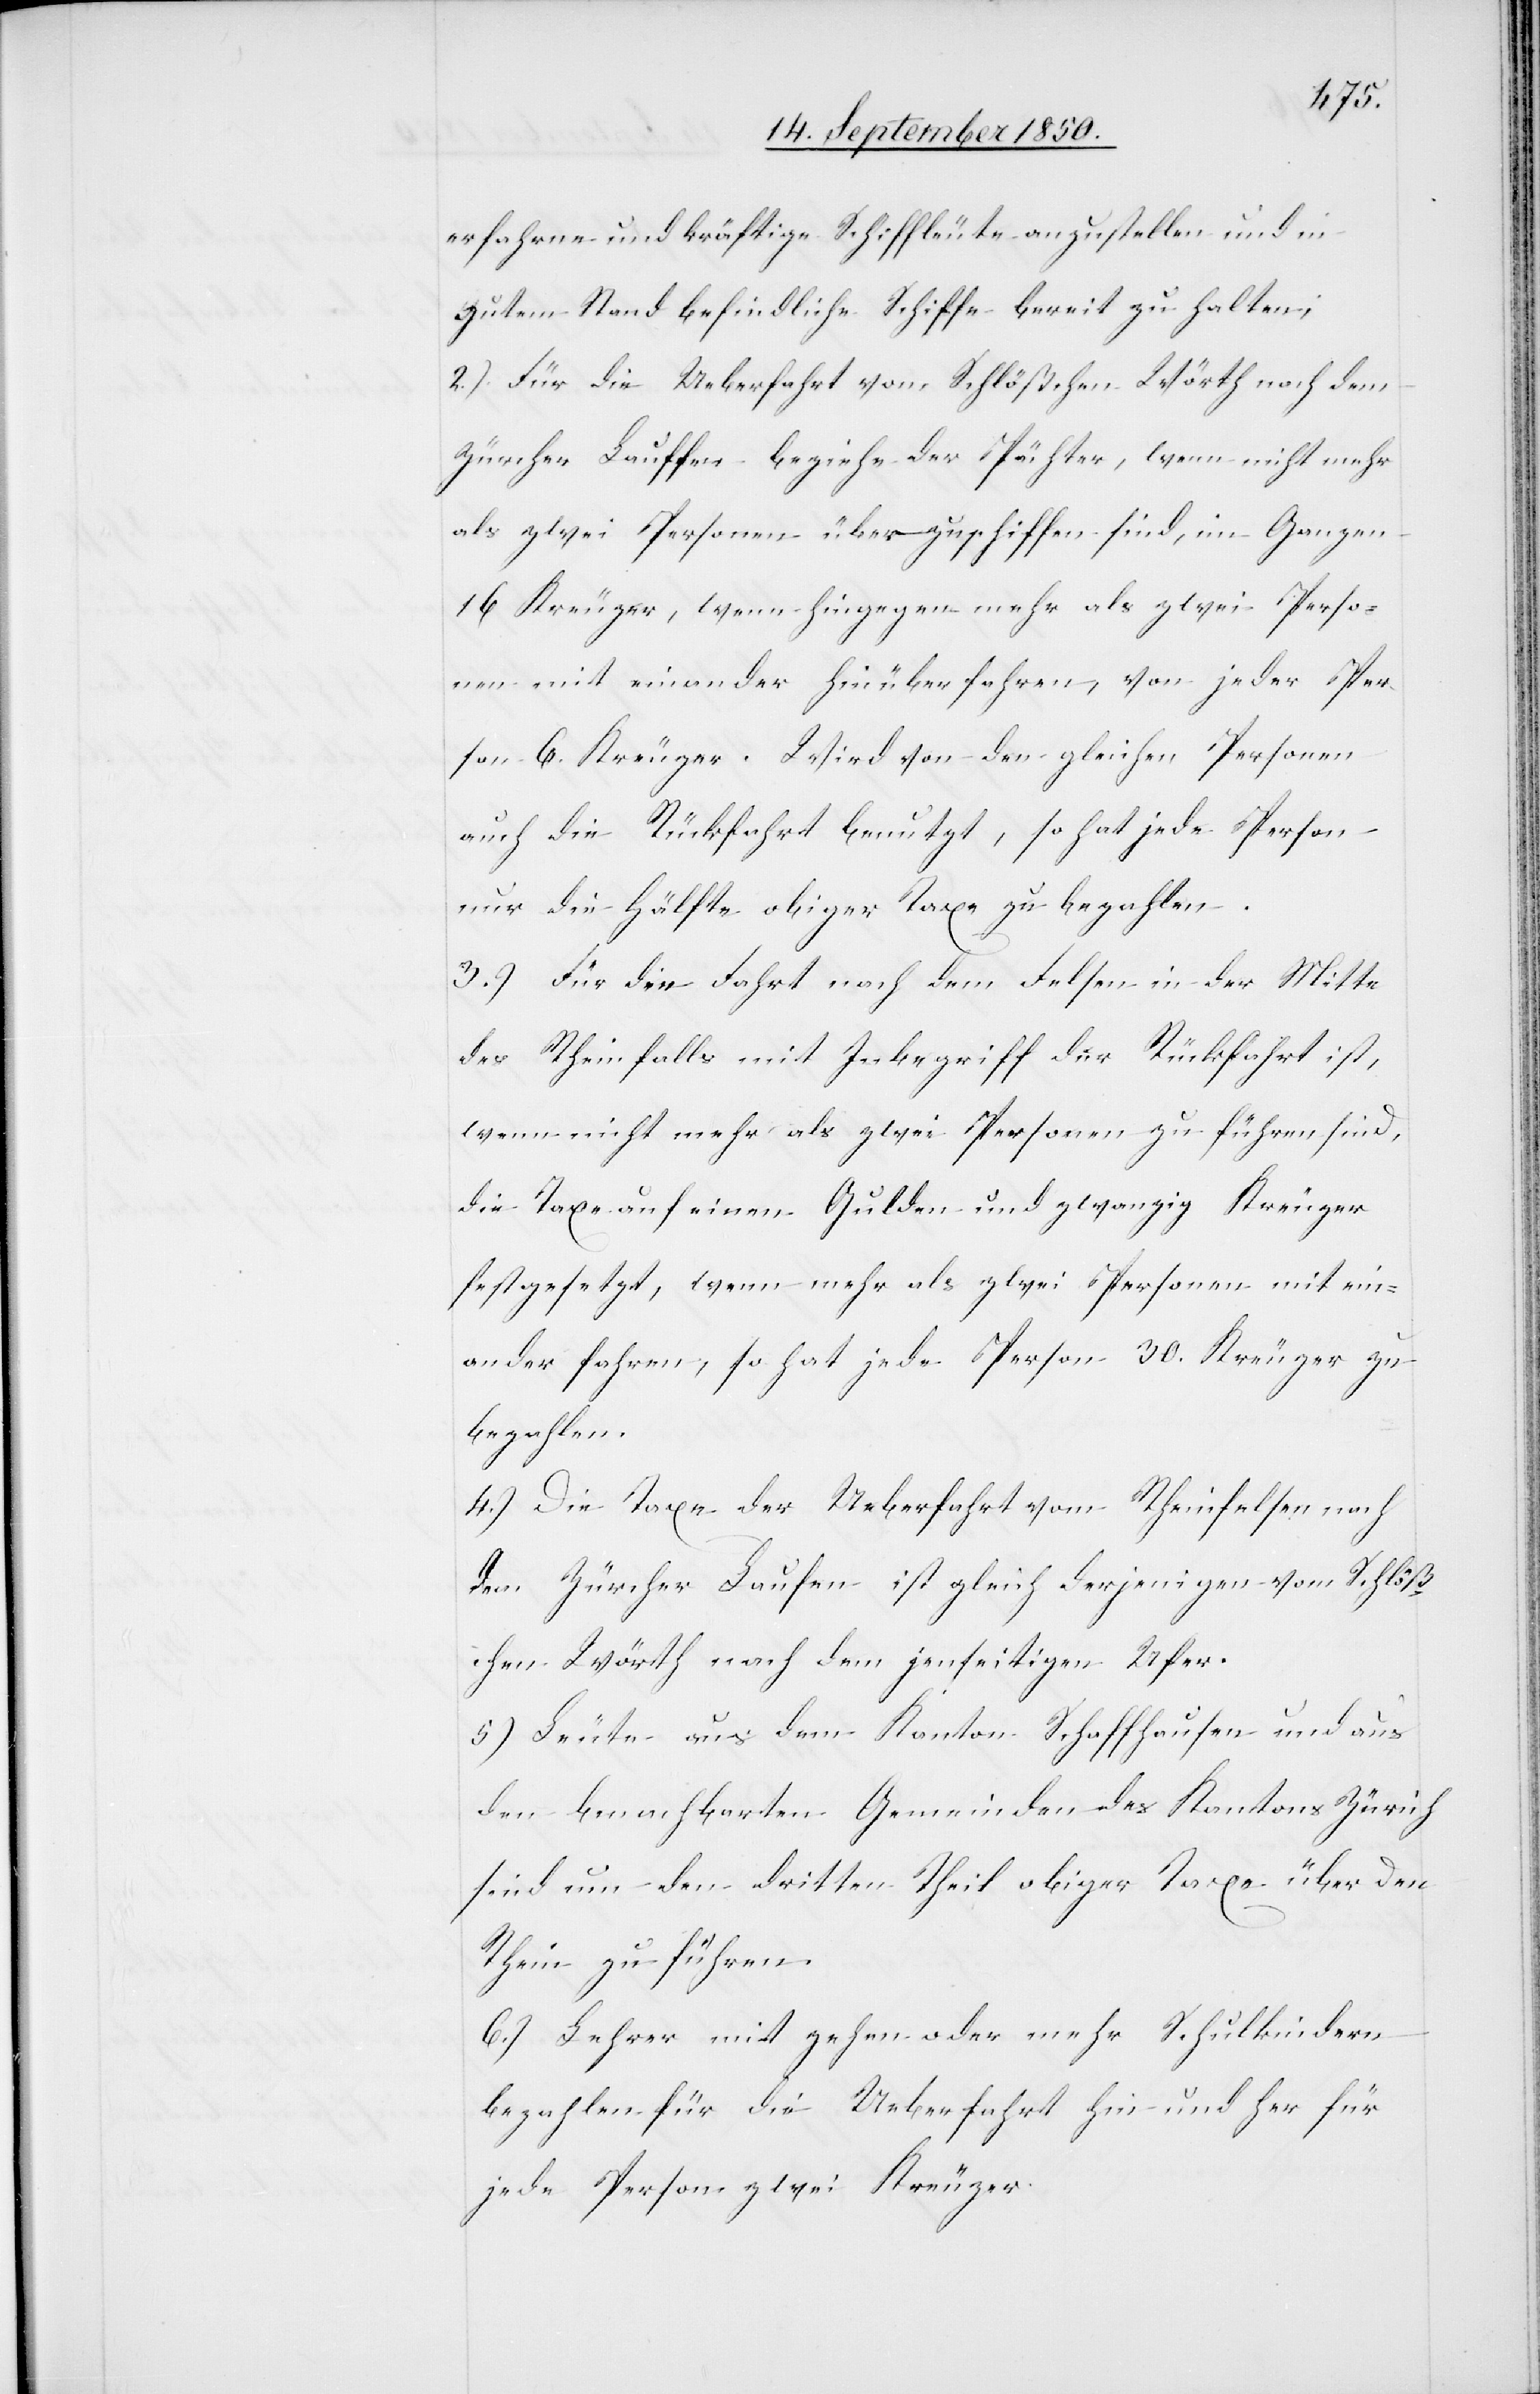
erfahrne und kräftige Schiffleute anzustellen und in
gutem Stand befindliche Schiffe bereit zu halten;
2.) Für die Ueberfahrt vom Schlößchen Wörth nach dem
Zürcher Lauffen beziehe der Pächter, wenn nicht mehr
als zwei Personen überzuschiffen sind, im Ganzen
16 Kreuzer, wenn hingegen mehr als zwei Perso¬
nen 6. Kreuzer. Wird von den gleichen Personen
auch die Rückfahrt benutzt, so hat jede Person
nur die Hälfte obiger Taxe zu bezahlen.
3.) Für die Fahrt nach dem Felsen in der Mitte
des Rheinfalls mit Inbegriff der Rückfahrt ist,
wenn nicht mehr als zwei Personen zu führen sind,
die Taxe auf einen Gulden und zwanzig Kreuzer
festgesetzt, wenn mehr als zwei Personen mit ein¬
ander fahren, so hat jede Person 30. Kreuzer zu
bezahlen.
4.) Die Taxe der Ueberfahrt vom Rheinfelsen nach
dem Zürcher Laufen ist gleich derjenigen vom Schlöß¬
chen Wörth nach dem jenseitigen Ufer.
5) Leute aus dem Kanton Schaffhausen und aus
den benachbarten Gemeinden des Kantons Zürich
sind um den dritten Theil obiger Taxe über den
Rhein zu führen.
6.) Lehrer mit zehen oder mehr Schulkindern
bezahlen für die Ueberfahrt hin und her für
jede Person zwei Kreuzer.